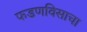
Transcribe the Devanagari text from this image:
फडणविसाचा